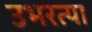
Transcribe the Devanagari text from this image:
उभरत्या